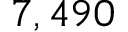
7 , 4 9 0